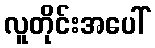
လူတိုင်းအပေါ်